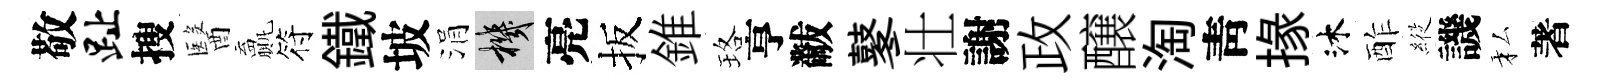
敬趾搜醫贏符鐵坡涓機亮扳錐珞亨黻鼕壮謝政醸淘靑掾沐酢𦂵譏私著